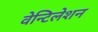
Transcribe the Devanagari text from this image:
वेन्टिलेशन